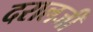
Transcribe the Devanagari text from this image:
दरालजी